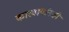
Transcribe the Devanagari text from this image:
कारवायांनाही